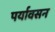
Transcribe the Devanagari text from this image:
पर्यावसन